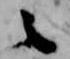
之